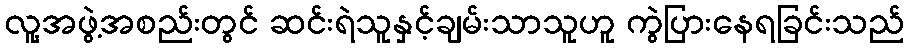
လူ့အဖွဲ့အစည်းတွင် ဆင်းရဲသူနှင့်ချမ်းသာသူဟူ ကွဲပြားနေရခြင်းသည်